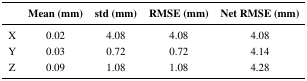
|  | Mean (mm) | std (mm) | RMSE (mm) | Net RMSE (mm) |
 | --- | --- | --- | --- | --- |
 | X | 0.02 | 4.08 | 4.08 | 4.08 |
 | Y | 0.03 | 0.72 | 0.72 | 4.14 |
 | Z | 0.09 | 1.08 | 1.08 | 4.28 |